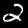
Label: 2